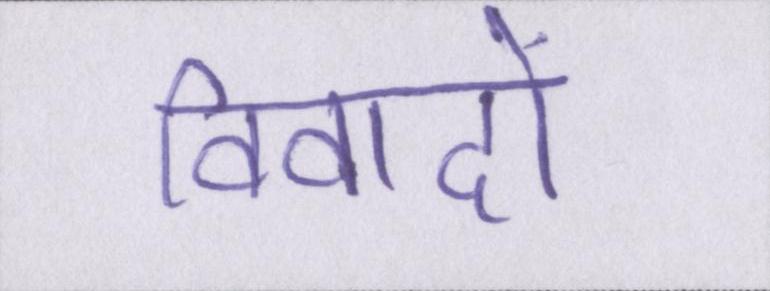
विवादों